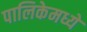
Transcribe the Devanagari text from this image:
पालिकेमध्ये